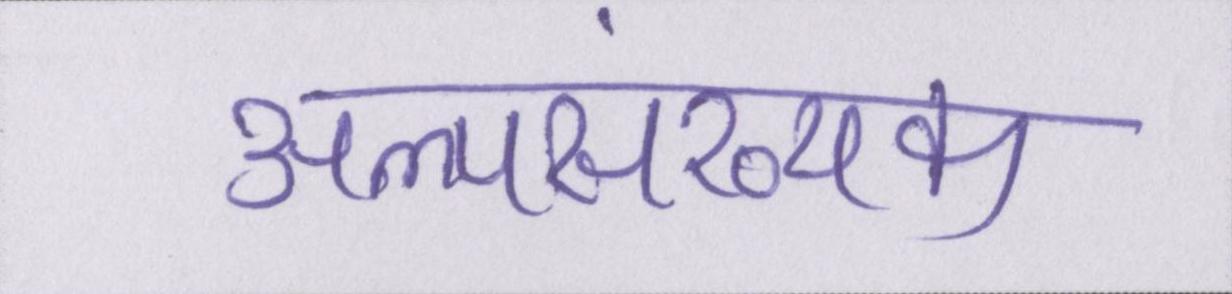
अल्पसंख्यक